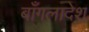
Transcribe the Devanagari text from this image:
बाँगलादेश